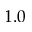
1 . 0